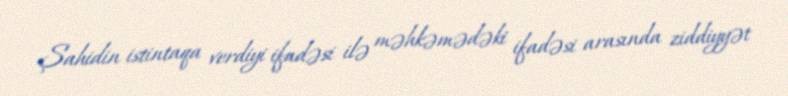
Şahidin istintaqa verdiyi ifadəsi ilə məhkəmədəki ifadəsi arasında ziddiyyət